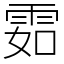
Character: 𩂰